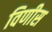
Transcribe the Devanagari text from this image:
विणीस